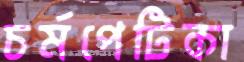
চর্মপেটিকা